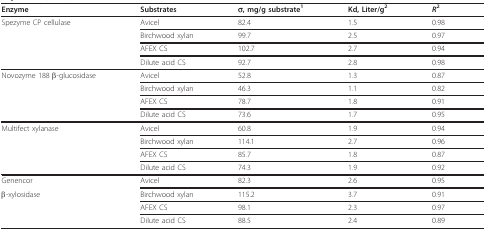
<table><thead><tr><td><b>Enzyme</b></td><td><b>Substrates</b></td><td><b>σ, mg/g substrate<sup>1</sup></b></td><td><b>Kd, Liter/g<sup>2</sup></b></td><td><b><i>R</i><sup>2</sup></b></td></tr></thead><tbody><tr><td>Spezyme CP cellulase</td><td>Avicel</td><td>82.4</td><td>1.5</td><td>0.98</td></tr><tr><td></td><td>Birchwood xylan</td><td>99.7</td><td>2.5</td><td>0.97</td></tr><tr><td></td><td>AFEX CS</td><td>102.7</td><td>2.7</td><td>0.94</td></tr><tr><td></td><td>Dilute acid CS</td><td>92.7</td><td>2.8</td><td>0.98</td></tr><tr><td>Novozyme 188 β-glucosidase</td><td>Avicel</td><td>52.8</td><td>1.3</td><td>0.87</td></tr><tr><td></td><td>Birchwood xylan</td><td>46.3</td><td>1.1</td><td>0.82</td></tr><tr><td></td><td>AFEX CS</td><td>78.7</td><td>1.8</td><td>0.91</td></tr><tr><td></td><td>Dilute acid CS</td><td>73.6</td><td>1.7</td><td>0.95</td></tr><tr><td>Multifect xylanase</td><td>Avicel</td><td>60.8</td><td>1.9</td><td>0.94</td></tr><tr><td></td><td>Birchwood xylan</td><td>114.1</td><td>2.7</td><td>0.96</td></tr><tr><td></td><td>AFEX CS</td><td>85.7</td><td>1.8</td><td>0.87</td></tr><tr><td></td><td>Dilute acid CS</td><td>74.3</td><td>1.9</td><td>0.92</td></tr><tr><td>Genencor</td><td>Avicel</td><td>82.3</td><td>2.6</td><td>0.95</td></tr><tr><td>β-xylosidase</td><td>Birchwood xylan</td><td>115.2</td><td>3.7</td><td>0.91</td></tr><tr><td></td><td>AFEX CS</td><td>98.1</td><td>2.3</td><td>0.97</td></tr><tr><td></td><td>Dilute acid CS</td><td>88.5</td><td>2.4</td><td>0.89</td></tr></tbody></table>